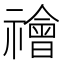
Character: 禬